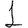
Digit: 1